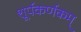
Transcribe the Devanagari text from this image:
शूर्पकर्णकम्